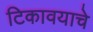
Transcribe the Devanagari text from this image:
टिकावयाचे